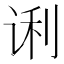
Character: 𰵭